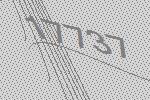
17737